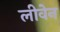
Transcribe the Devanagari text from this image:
लीवेन